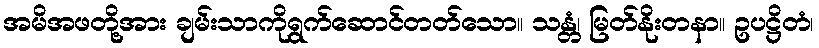
အမိအဖတို့အား ချမ်းသာကိုရွက်ဆောင်တတ်သော။ သန္တံ၊ မြတ်နိုးတနာ။ ဥပဋ္ဌိတံ၊